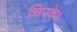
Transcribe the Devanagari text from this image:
चिपके।